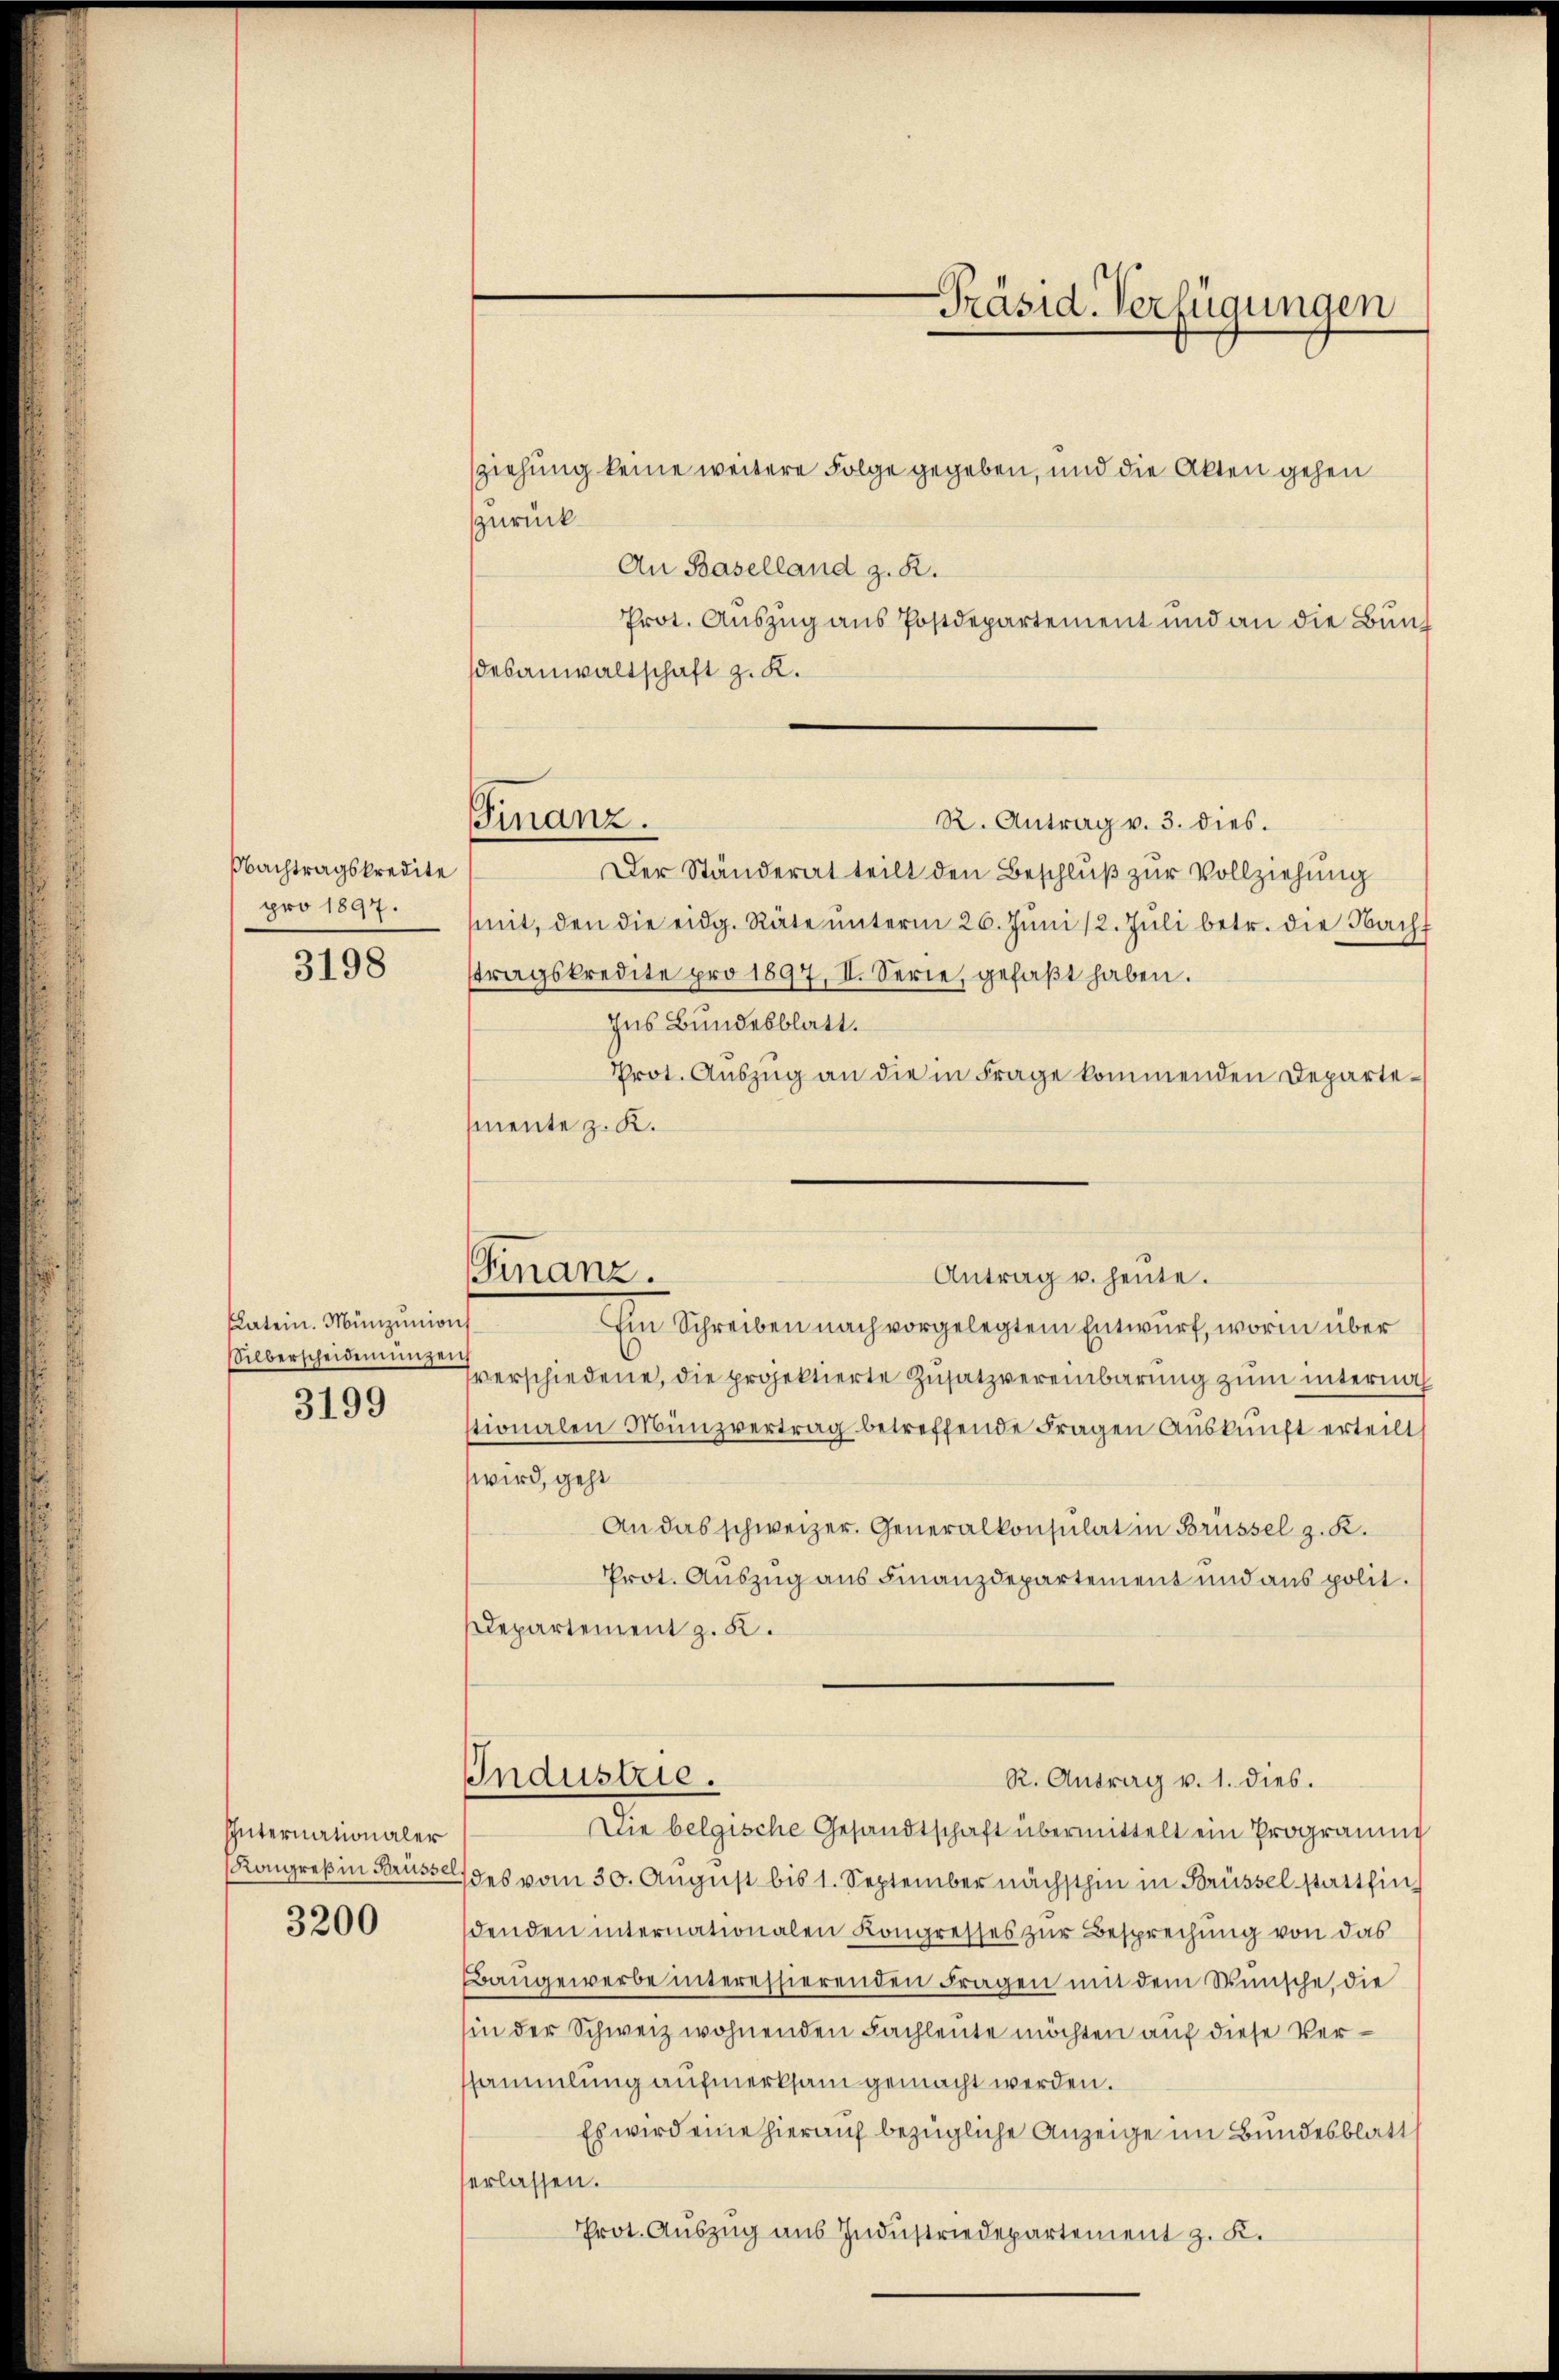
Nachtragskredite
pro 1897.

3198

Latein. Münzunions
Silberscheidemünzei

3199

Internationaler
Kongreß in Brüsse

3200

Finanz.

ziehung keine weitere Folge gegeben, und die Akten gehen
zurück
An Baselland z. R.
Prot. Auszug aus Postdepartement und an die Bundesanwaltschaft z. K.
Finanz.
R. Antrag v. 3. dies.
Der Ständerat teilt den Beschluß zur Vollziehung
mit, den die eidg. Räte ŭnterm 26. Juni 12. Jŭli betr. die Nacht
tragskredite pro 1897, II. Serie, gefaßt haben.
Ins Bundesblatt.
Prot. Aŭszŭg an die in Frage kommenden Departemente z. K.

Industrie.

Präsid. Verfügungen

Antrag u. heute.

Ein Schreiben nach vorgelegtem Entwurf, worin über
verschiedene, die projektierte Zusatzvereinbarung zum internah
tionalen Münzvertrag betreffende Fragen Auskunft erteilt
wird, geht
An das schweizer. Generalkonsulat in Brüssel z. R.
Prot. Auszug aus Finanzdepartement und aus polit.
Departement z. K.
Die belgische Gesandtschaft übermittelt ein Programm
des vom 30. August bis 1. September nächsthin in Brüssel stattfin
denden internationalen Kongresses zur Besprechung von das
Baugewerbe interessierenden Fragen mit dem Wunsche, die
in der Schweiz wohnenden Fachleute möchten auf diese Versammlung aufmerksam gemacht werden.
Es wird eine hierauf bezügliche Anzeige im Bundesblatt
erlassen.
Prot. Auszug aus Industriedepartement z. K.

R. Antrag v. 1. dies.